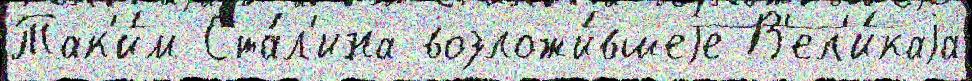
Так'и́м Ста́л'ина возложи́вшеjе В'ел'и́каjа